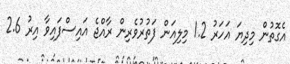
އެގޮތުން މިދިޔަ އަހަރު 1.2 މިލިއަން ފަތުރުވެރިން ރާއްޖެ އައިސްފައިވާ އިރު 2.6